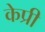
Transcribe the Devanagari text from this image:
केप्री